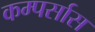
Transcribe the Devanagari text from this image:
कम्पर्सास